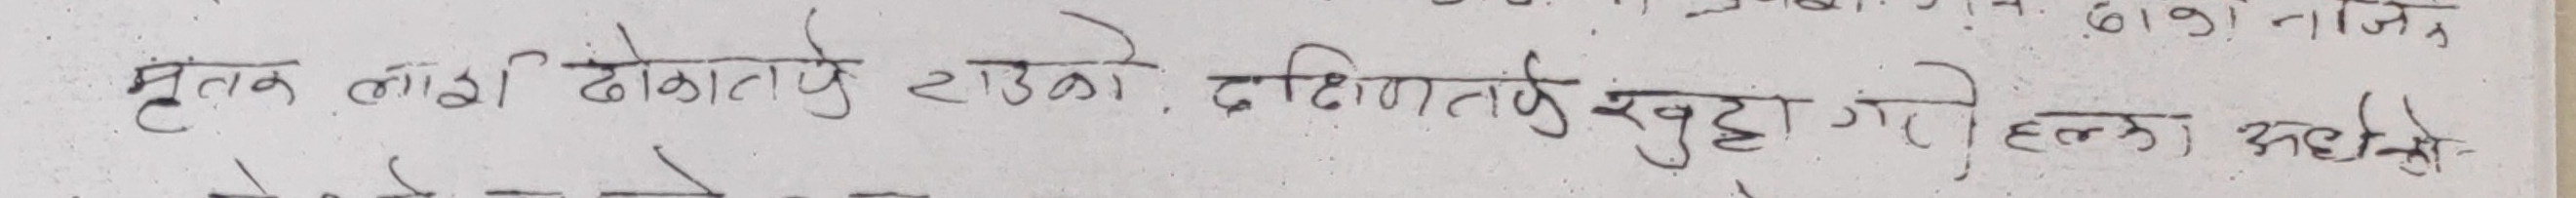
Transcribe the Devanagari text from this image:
मृतक लाश ढोकाको टाउको दक्षिणतिर खुट्टा गई हल्का सहयोगको